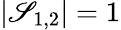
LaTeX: |\mathscr{S}_{1,2}|=1